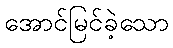
အောင်မြင်ခဲ့သော